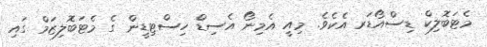
މެޓަބޮލިކް ޑިސްއޯޑަރ އެކެވެ. މިއީ އެމިނޯ އެސިޑް ހިސްޓިޑީން ގެ މެޓަބޮލިޒަމް ގައި